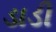
ડાડી